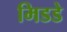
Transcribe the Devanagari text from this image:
मिडडे